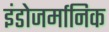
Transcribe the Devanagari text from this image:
इंडोजर्मानिक